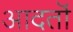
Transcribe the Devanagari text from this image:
आदतॊं